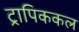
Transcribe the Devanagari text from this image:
ट्रापिककल